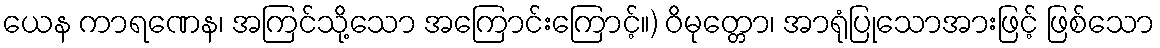
ယေန ကာရဏေန၊ အကြင်သို့သော အကြောင်းကြောင့်။) ဝိမုတ္တော၊ အာရုံပြုသောအားဖြင့် ဖြစ်သော